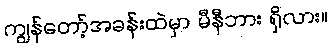
ကျွန်တော့်အခန်းထဲမှာ မီနီဘား ရှိလား။